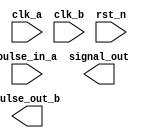
module cdc_fast2slow(
	input clk_a,
	input clk_b,
	input rst_n,
	input pulse_in_a,
	output pulse_out_b,
	output signal_out
);

reg signal_a, signal_b;
reg [1:0]signal_a_r, signal_b_r;

always @(posedge clk_a or negedge rst_n) begin
	if(rst_n == 1'b0)begin
		signal_a <= 1'b0;
	end
	else if(pulse_in_a == 1'b1)begin
		signal_a <= 1'b1;
	end
	else if(signal_a_r[1] == 1'b1)
		signal_a <= 1'b0;
	else
		signal_a <= signal_a;
end

always @(posedge clk_b or negedge rst_n) begin
	if(rst_n == 1'b0)begin
		signal_b <= 1'b0;
	end
	else begin
		signal_b <= signal_a;
	end
end

always@(posedge clk_b or negedge rst_n) begin
	if(rst_n == 1'b0) begin
		signal_b_r <= 2'b0;
	end
	else begin 
		signal_b_r <= {signal_b_r[0],signal_b};
	end
end

always @(posedge clk_a or negedge rst_n) begin
	if(rst_n == 1'b0)begin
		signal_a_r <= 2'b0;
	end
	else begin
		signal_a_r <= {signal_a_r[0], signal_b_r[1]};
	end
end

endmodule